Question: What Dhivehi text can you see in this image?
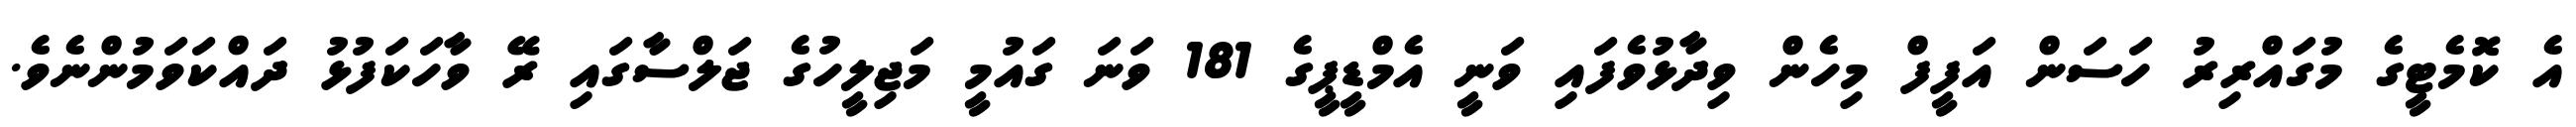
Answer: އެ ކޮމެޓީގެ މުގައްރިރު ހަސަން އަފީފް މިހެން ވިދާޅުވެފައި ވަނީ އެމްޑީޕީގެ 181 ވަނަ ގައުމީ މަޖިލީހުގެ ޖަލްސާގައި ރޭ ވާހަކަފުޅު ދައްކަވަމުންނެވެ.